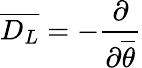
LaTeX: \overline{{{D_{L}}}}=-\frac{\partial}{\partial\overline{{{\theta}}}}